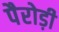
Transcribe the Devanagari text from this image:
पैरोड़ी